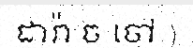
ដារ៉ា ច ចៅ )